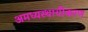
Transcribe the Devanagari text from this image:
अमध्यस्थायीकरण